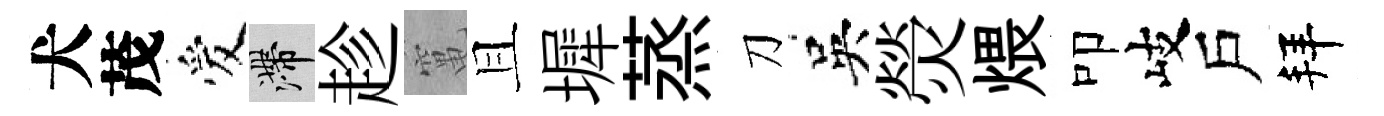
犬茂爱滯趁𥧄且墀蒸刀吳熒煨叩岐戶拜